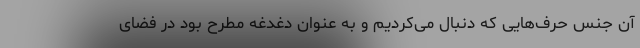
آن جنس حرف‌هایی که دنبال می‌کردیم و به عنوان دغدغه مطرح بود در فضای